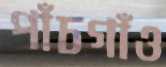
পাঁচগাঁও